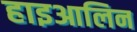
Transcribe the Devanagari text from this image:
हाइआलिन